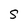
Character: S